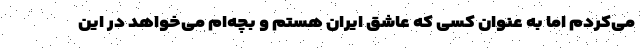
می‌کردم اما به عنوان کسی که عاشق ایران هستم و بچه‌ام می‌خواهد در این